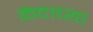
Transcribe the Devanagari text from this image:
केंदाच्या